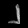
Digit: ၂